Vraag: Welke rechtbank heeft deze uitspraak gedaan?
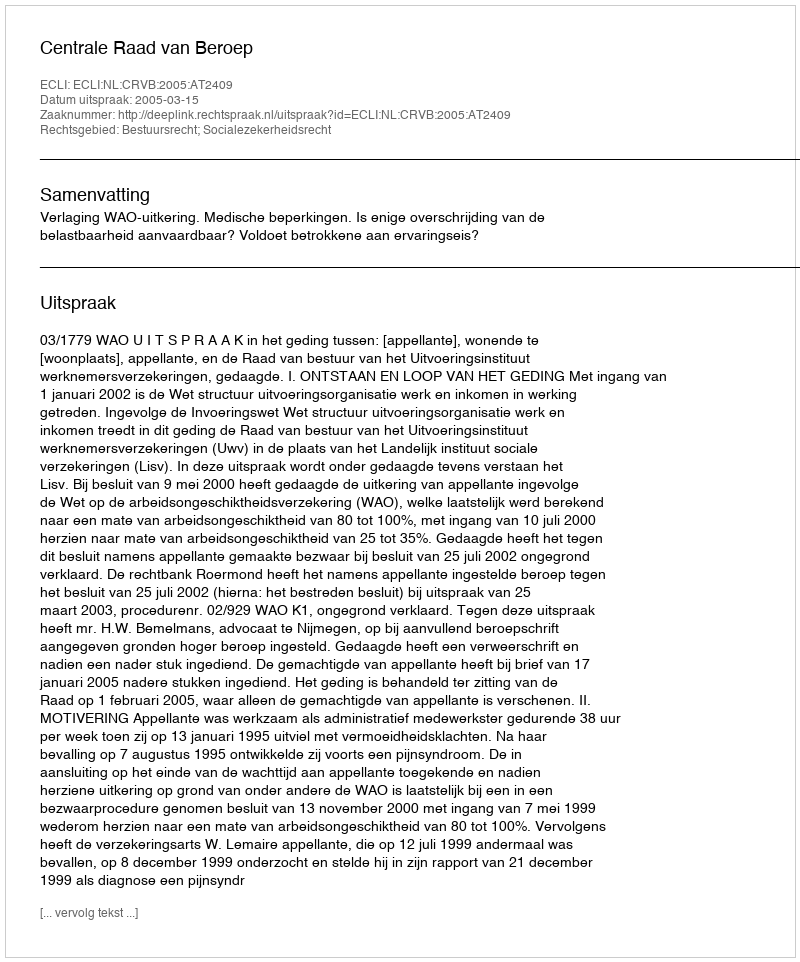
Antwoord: Centrale Raad van Beroep